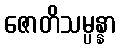
ဇောတိသမ္ပန္နာ